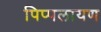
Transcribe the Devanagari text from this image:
पिप्पलायण